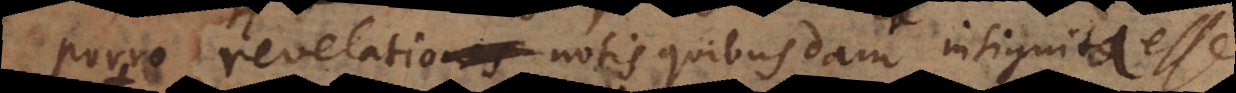
Porro revelatio notis quibusdam insignita esse